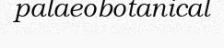
palaeobotanical